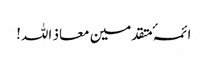
ائمہٴ متقدمین معاذ اللہ!